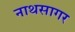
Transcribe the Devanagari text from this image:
नाथसागर